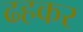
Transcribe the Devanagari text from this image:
ढहकर